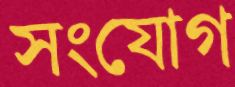
সংযোগ